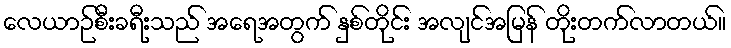
လေယာဉ်စီးခရီးသည် အရေအတွက် နှစ်တိုင်း အလျင်အမြန် တိုးတက်လာတယ်။